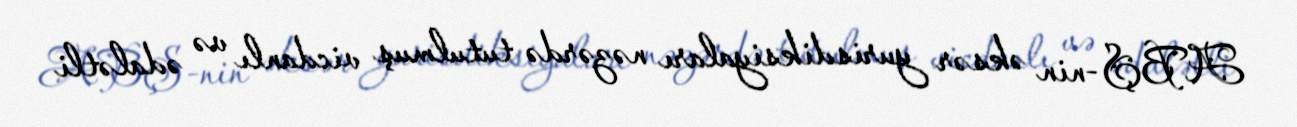
ABŞ-nin əksər yurisdiksiyaları nəzərdə tutulmuş vicdanlı və ədalətli